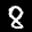
Label: 8